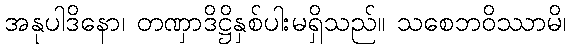
အနုပါဒိနော၊ တဏှာဒိဋ္ဌိနှစ်ပါးမရှိသည်။ သစေဘဝိဿာမိ၊